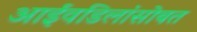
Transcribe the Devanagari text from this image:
आईवडिलांसोबत